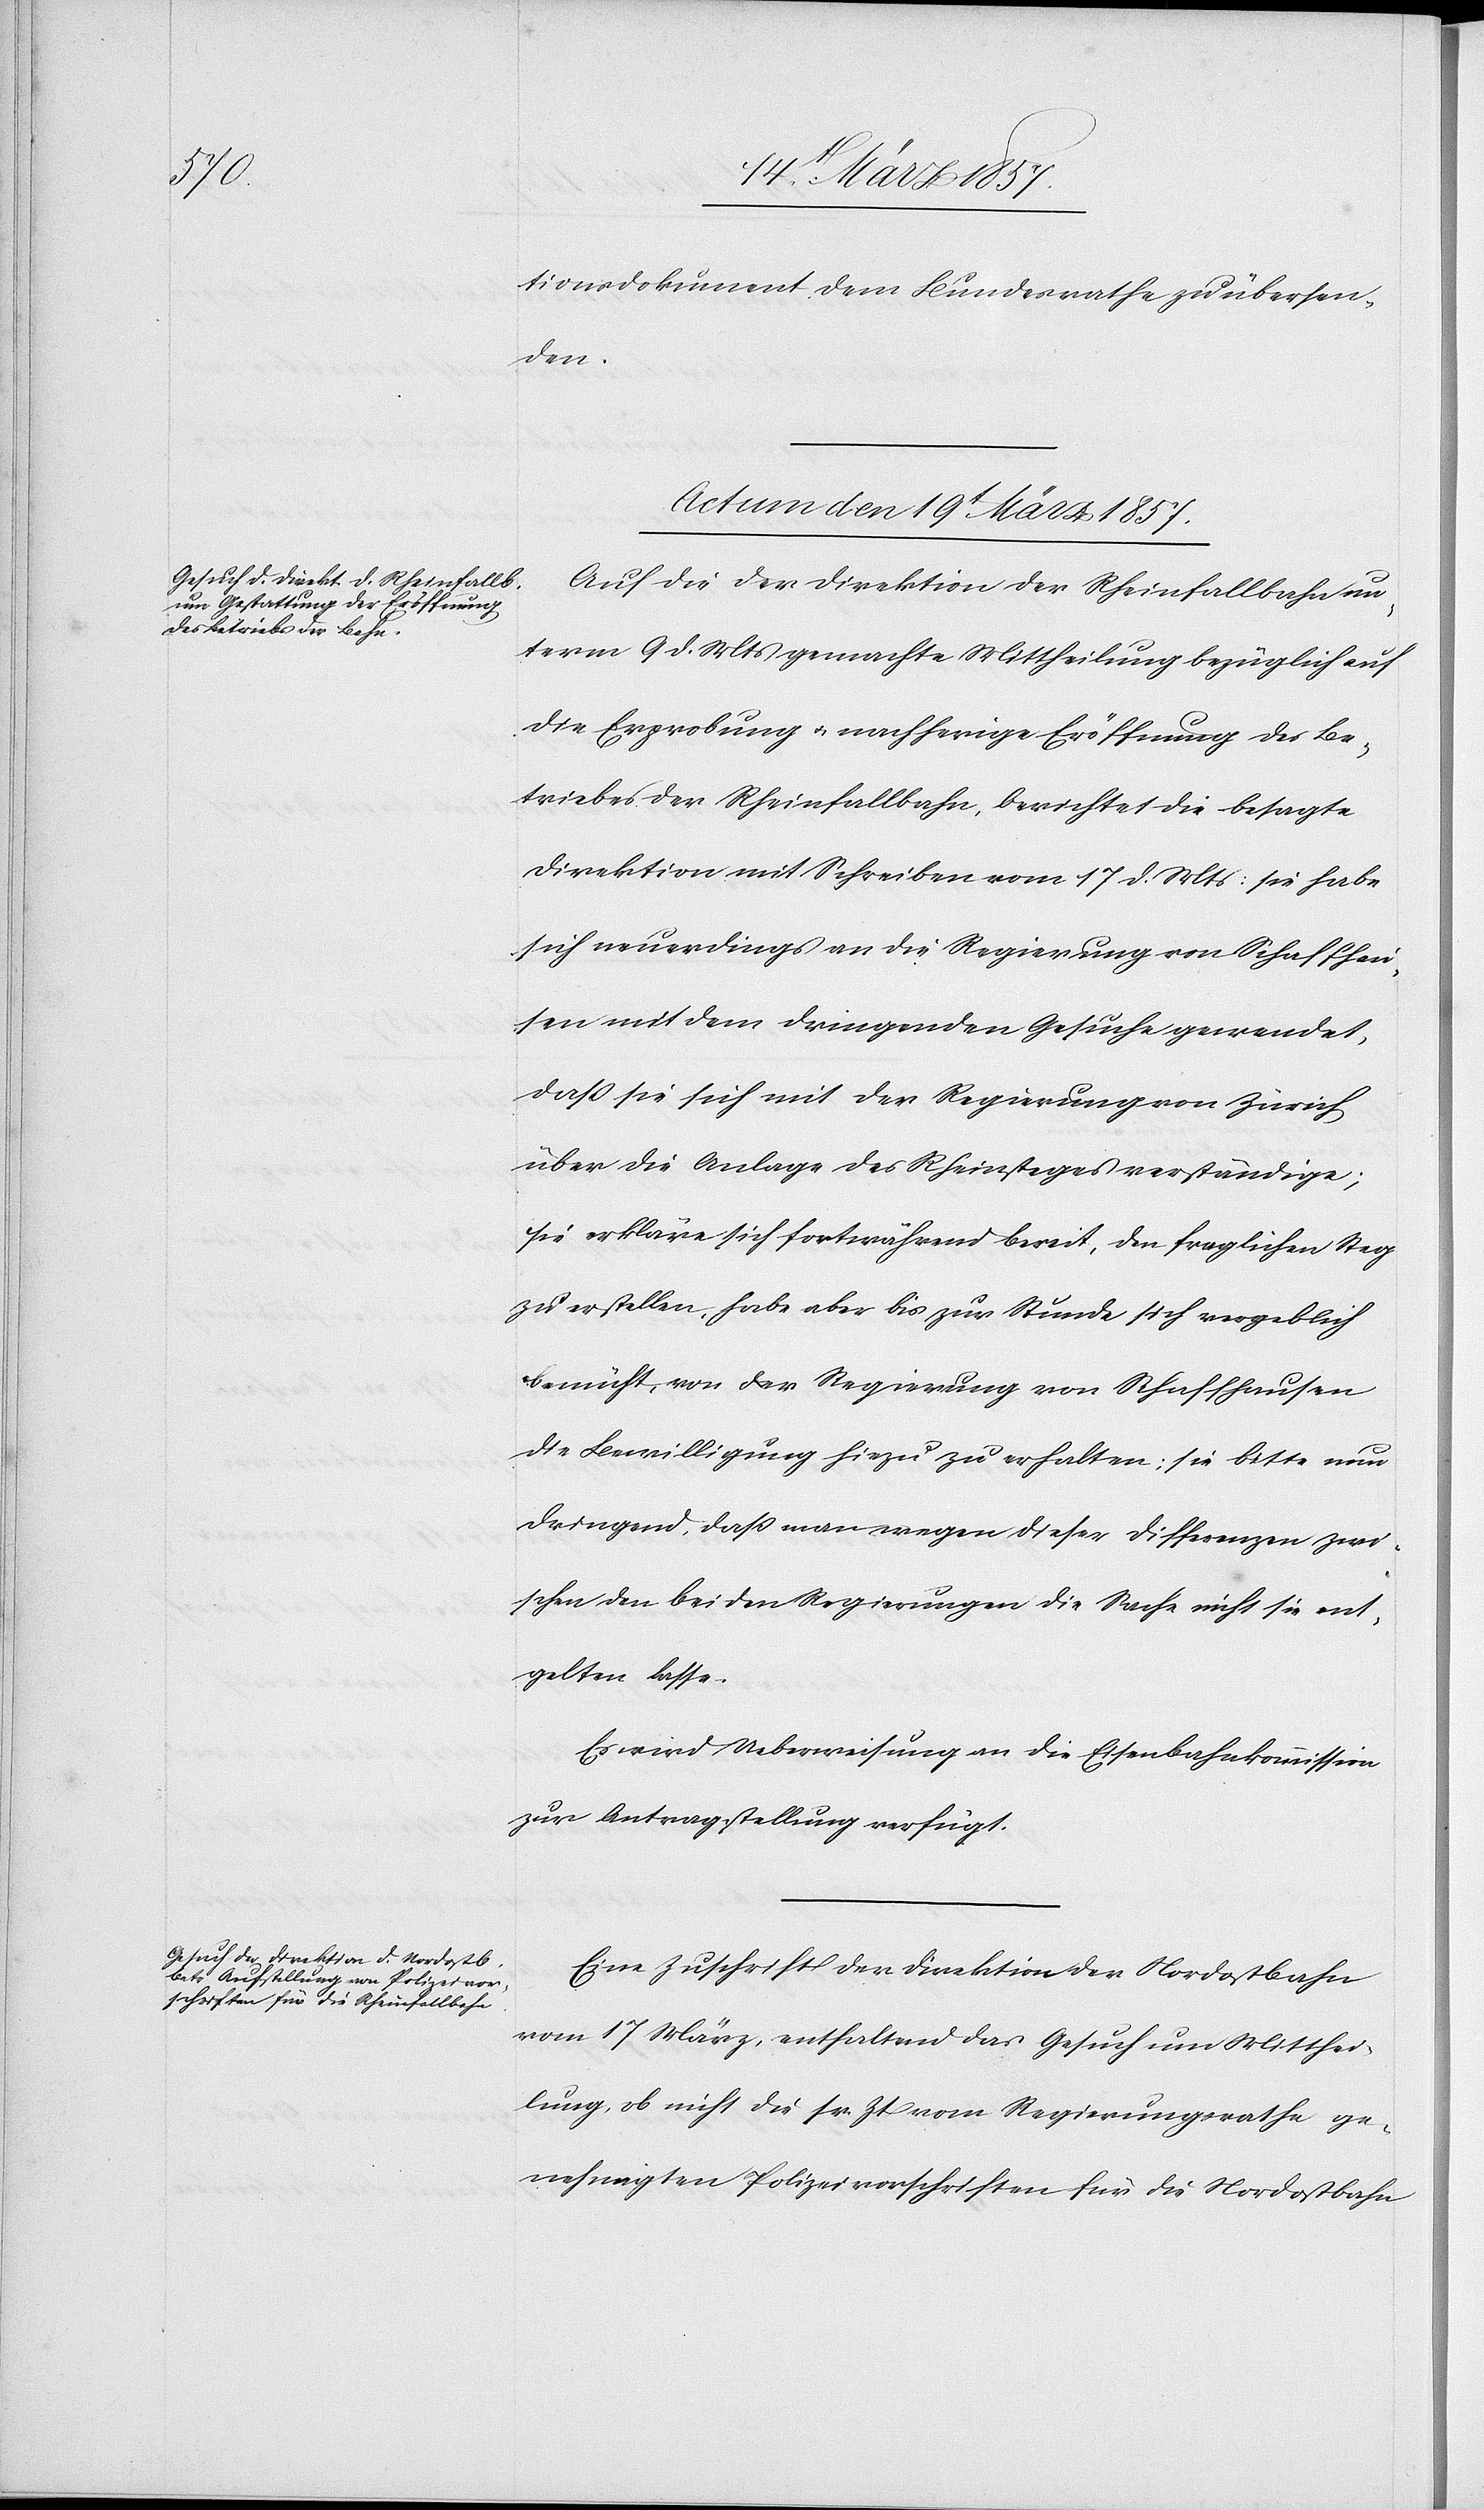
tionsdokument dem Bundesrathe zu übersen¬
den.
Actum den 19t März 1857.]
Auf die der Direktion der Rheinfallbahn un¬
term 9 d. Mts gemachte Mittheilung bezüglich auf
die Erprobung u. nachherige Eröffnung des Be¬
triebes der Rheinfallbahn, berichtet die besagte
Direktion mit Schreiben vom 17 d. Mts: sie habe
sich neuerdings an die Regierung von Schaffhau¬
sen mit dem dringenden Gesuche gewendet,
dass sie sich mit der Regierung von Zürich
über die Anlage des Rheinsteges verständige;
sie erkläre sich fortwährend bereit, den fraglichen Steg
zu erstellen, habe aber bis zur Stunde, sich vergeblich
bemüht, von der Regierung von Schaffhausen
die Bewilligung hiezu zu erhalten; sie bitte nun
dringend, dass man wegen dieser Differenzen zwi¬
schen den beiden Regierungen die Sache nicht sie ent¬
gelten lasse.
Es wird Ueberweisung an die Eisenbahnkommisson
zur Antragstellung verfügt.
Eine Zuschrift der Direktion der Nordostbahn
vom 17 März, enthaltend das Gesuch um Mitthei¬
lung, ob nicht die sr. Zt vom Regierungsrathe ge¬
nehmigten Polizeivorschriften für die Nordostbahn